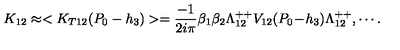
K _ { 1 2 } \approx < K _ { T 1 2 } ( P _ { 0 } - h _ { 3 } ) > = { \frac { - 1 } { 2 i \pi } } \beta _ { 1 } \beta _ { 2 } \Lambda _ { 1 2 } ^ { + + } V _ { 1 2 } ( P _ { 0 } \! - \! h _ { 3 } ) \Lambda _ { 1 2 } ^ { + + } , \cdots .